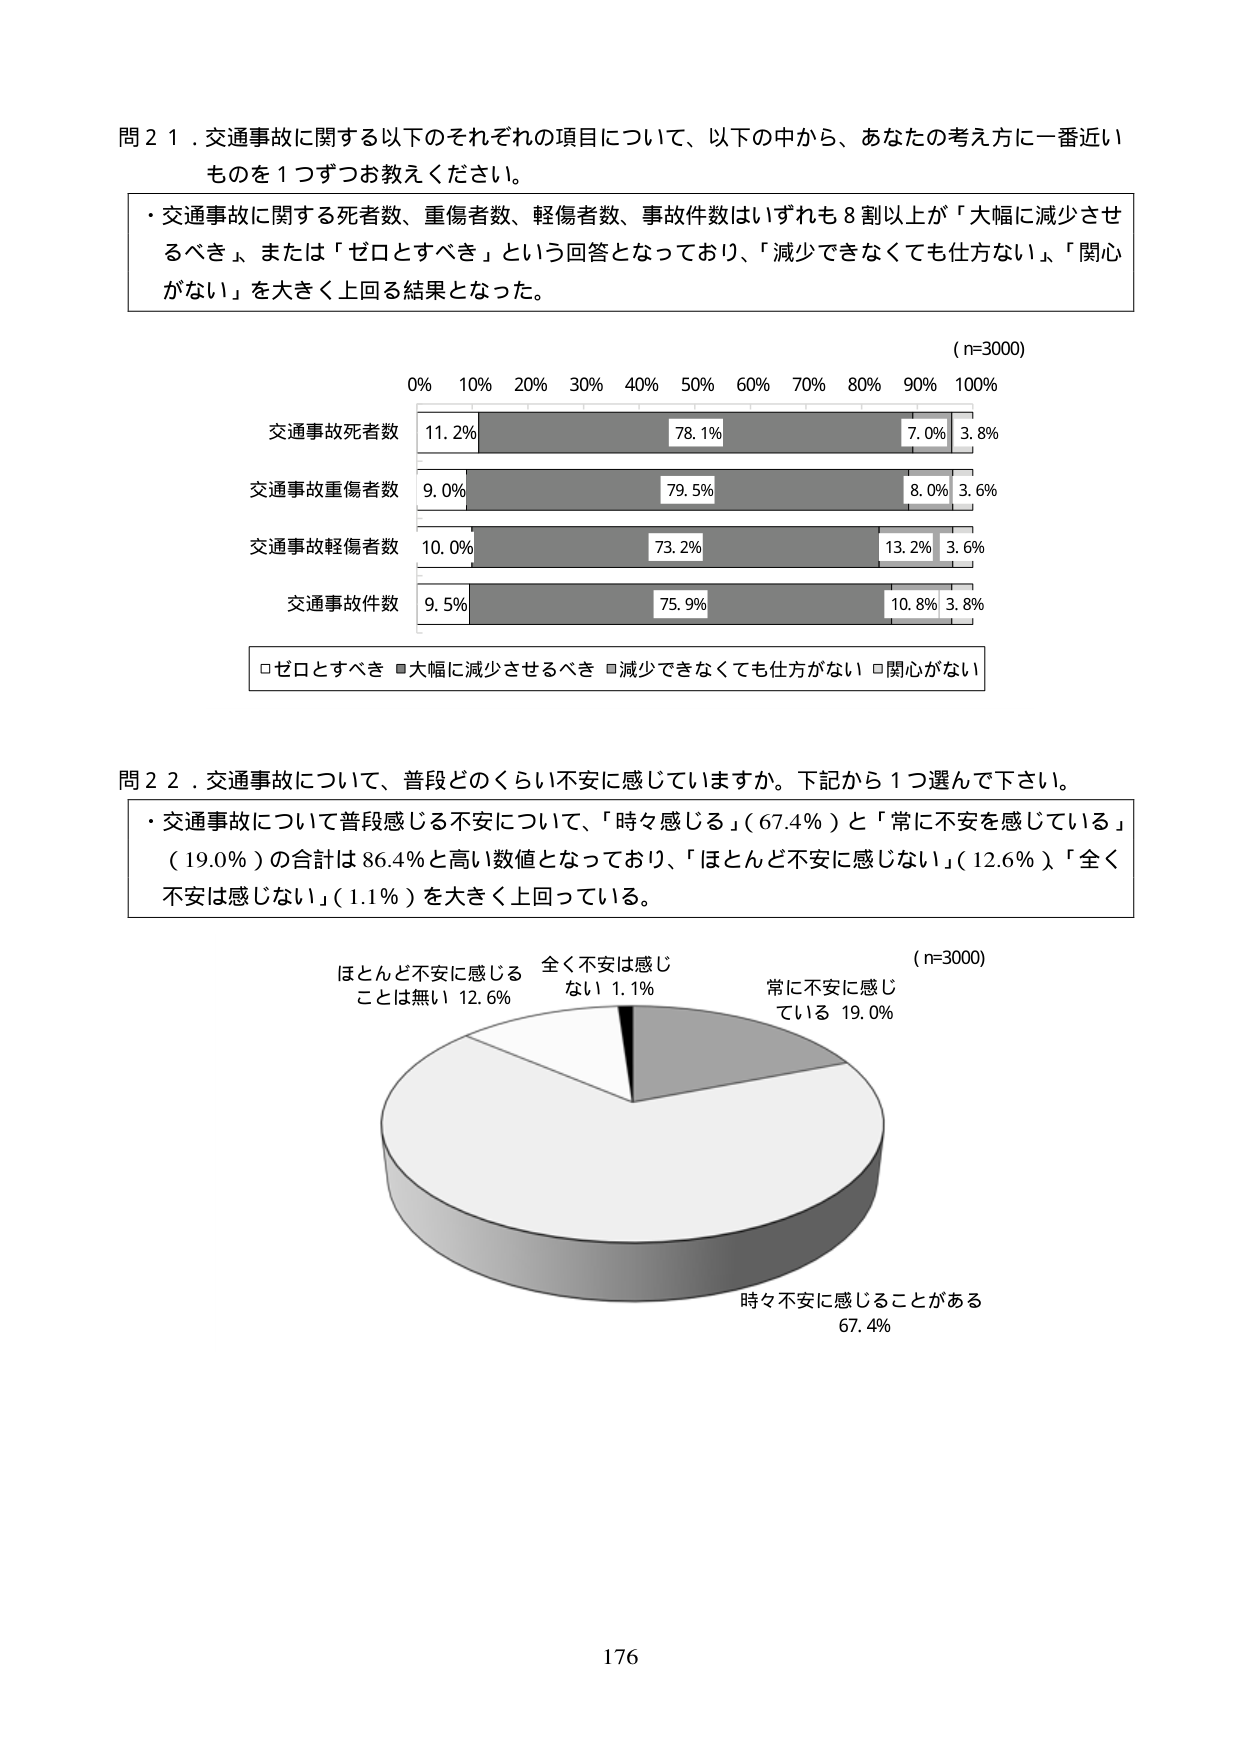
問２１．交通事故に関する以下のそれぞれの項目について、以下の中から、あなたの考え方一番近いものを１つずつお教えください。

・交通事故に関する死者数、重傷者数、軽傷者数、事故件数はいずれも８割以上が「大幅に減少させるべき」、または「ゼロとすべき」という回答となっており、「減少できなくても仕方ない」、「関心がない」を大きく上回る結果となった。

（n=3000）
0% 10% 20% 30% 40% 50% 60% 70% 80% 90% 100%

交通事故死者数
11.2% 78.1% 7.0% 3.8%

交通事故重傷者数
9.0% 79.5% 8.0% 3.6%

交通事故軽傷者数
10.0% 73.2% 13.2% 3.6%

交通事故件数
9.5% 75.9% 10.8% 3.8%

□ゼロとすべき ■大幅に減少させるべき ■減少できなくても仕方がない □関心がない

問２２．交通事故について、普段どのくらい不安に感じていますか。下記から１つ選んで下さい。

・交通事故について普段感じる不安について、「時々感じる」（67.4%）と「常に不安を感じている」（19.0%）の合計は86.4%と高い数値となっており、「ほとんど不安に感じない」（12.6%）「全く不安は感じない」（1.1%）を大きく上回っている。

（n=3000）
ほとんど不安に感じることは無い 12.6%
全く不安は感じない 1.1%
常に不安に感じている 19.0%
時々不安に感じることがある 67.4%

176